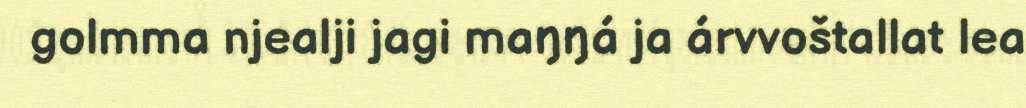
golmma njealji jagi maŋŋá ja árvvoštallat lea